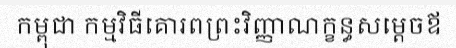
កម្ពុជា កម្មវិធីគោរពព្រះវិញ្ញាណក្ខន្ធសម្តេចឪ